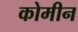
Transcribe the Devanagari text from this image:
कोमीन